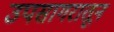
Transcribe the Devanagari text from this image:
उपसागरातून